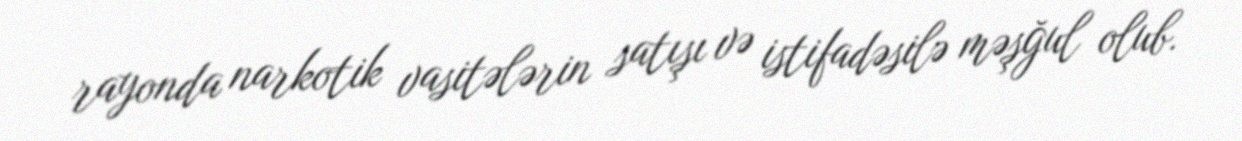
rayonda narkotik vasitələrin satışı və istifadəsilə məşğul olub.